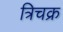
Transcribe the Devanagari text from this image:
त्रिचक्र